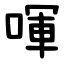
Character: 喗